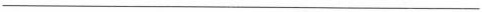
___